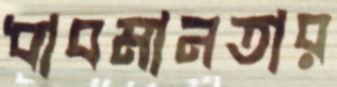
ধাবমানতার